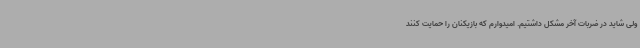
ولی شاید در ضربات آخر مشکل داشتیم. امیدوارم که بازیکنان را حمایت کنند